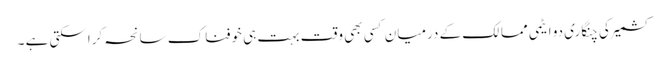
کشمیر کی چنگاری دو ایٹمی ممالک کے درمیان کسی بھی وقت بہت ہی خوفناک سانحہ کراسکتی ہے ۔